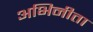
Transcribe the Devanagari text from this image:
अभिनीता